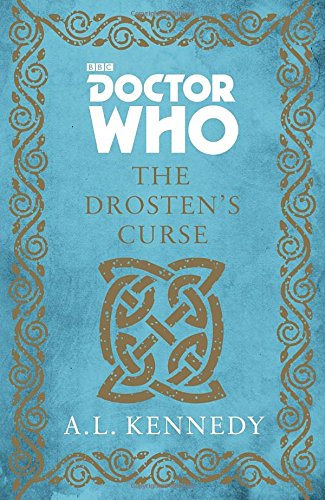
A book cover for Doctor Who: The Drosten's Curse; A. L. Kennedy; Science Fiction & Fantasy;